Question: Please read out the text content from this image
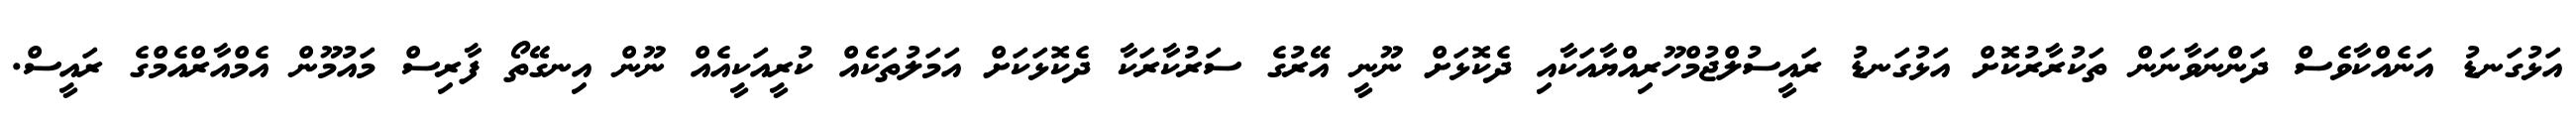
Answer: އަޅުގަނޑު އަނެއްކާވެސް ދަންނަވާނަން ތަކުރާރުކޮށް އަޅުގަނޑު ރައީސުލްޖުމްހޫރިއްޔާއަކާއި ދެކޮޅަށް ނޫނީ އޭރުގެ ސަރުކާރަކާ ދެކޮޅަކަށް އަމަލުތަކެއް ކުރީއަކީއެއް ނޫން އިނގޭތޯ ފާރިސް މައުމޫން އެމްއާރްއެމްގެ ރައީސް.